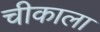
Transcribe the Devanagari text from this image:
चीकाला